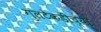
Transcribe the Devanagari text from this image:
गुलटेकडीच्या